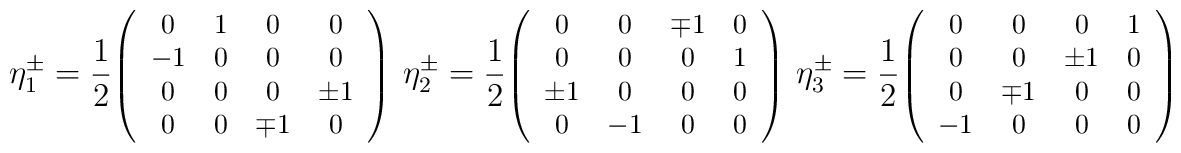
\eta _{1}^{\pm}={1\over 2} \texttt{\footnotesize $\left( \begin{array}{cccc} 0 & 1 & 0 & 0\\ -1 & 0 & 0 & 0 \\ 0 & 0 & 0 & \pm 1 \\ 0 & 0 & \mp 1 & 0 \end{array}\right)$} \,\, \eta_{2}^{\pm}={1\over 2}  \texttt{\footnotesize $\left( \begin{array}{cccc} 0 & 0 & \mp 1 & 0 \\ 0 & 0 & 0 & 1 \\\pm 1 & 0 & 0 & 0 \\ 0 & -1 & 0 & 0\end{array} \right) $}\,\,\eta _{3}^{\pm}={1\over 2}  \texttt{\footnotesize $\left(\begin{array}{cccc} 0 & 0 & 0 & 1 \\0 & 0 & \pm 1 & 0 \\ 0 & \mp 1 & 0 & 0 \\ -1 & 0 & 0 & 0 \end{array}\right)$}